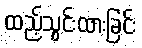
ထည့်သွင်းထားခြင်း